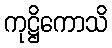
ကုဋ္ဌိကောသိ